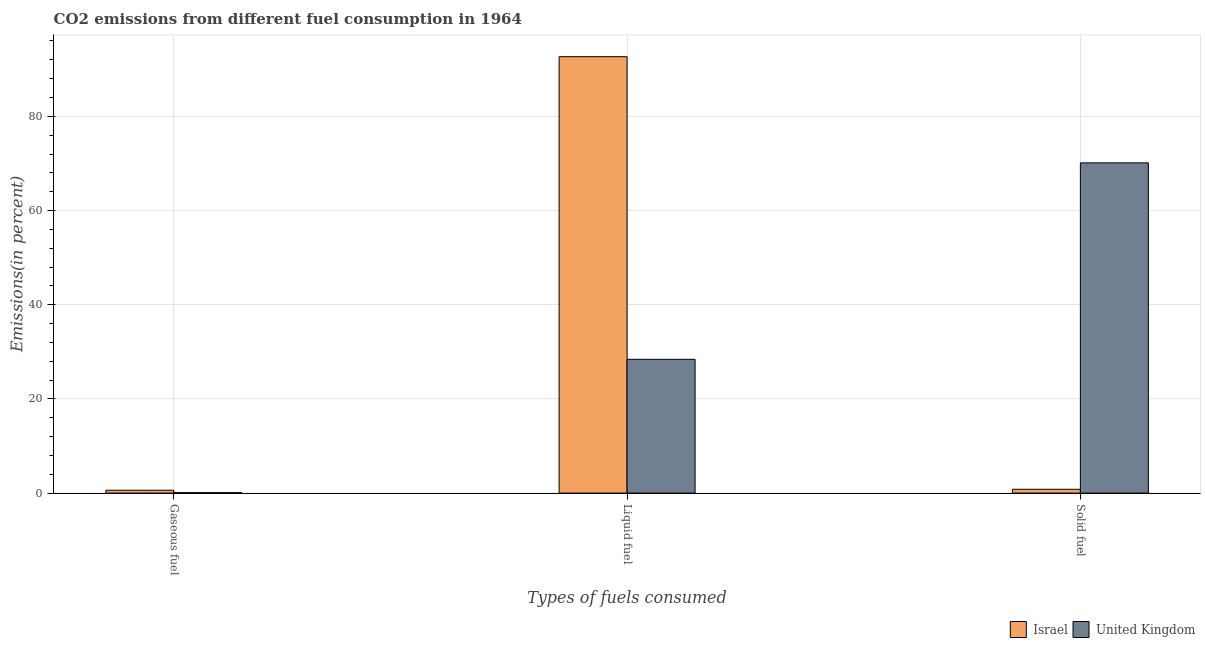
| Types of fuels consumed | Israel | United Kingdom |
 | --- | --- | --- |
 | Gaseous fuel | 0.601 | 0.0844 |
 | Liquid fuel | 92.7 | 28.4 |
 | Solid fuel | 0.802 | 70.1 |